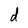
Character: d